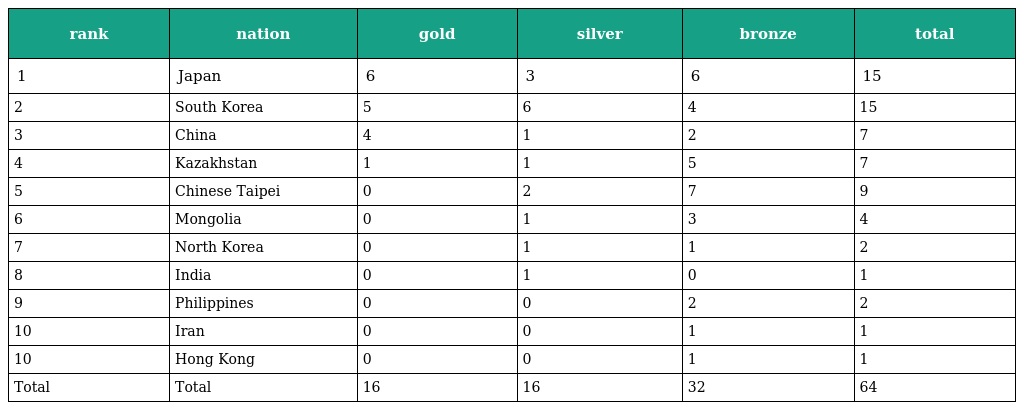
| rank | nation | gold | silver | bronze | total |
 | --- | --- | --- | --- | --- | --- |
 | 1 | Japan | 6 | 3 | 6 | 15 |
 | 2 | South Korea | 5 | 6 | 4 | 15 |
 | 3 | China | 4 | 1 | 2 | 7 |
 | 4 | Kazakhstan | 1 | 1 | 5 | 7 |
 | 5 | Chinese Taipei | 0 | 2 | 7 | 9 |
 | 6 | Mongolia | 0 | 1 | 3 | 4 |
 | 7 | North Korea | 0 | 1 | 1 | 2 |
 | 8 | India | 0 | 1 | 0 | 1 |
 | 9 | Philippines | 0 | 0 | 2 | 2 |
 | 10 | Iran | 0 | 0 | 1 | 1 |
 | 10 | Hong Kong | 0 | 0 | 1 | 1 |
 | Total | Total | 16 | 16 | 32 | 64 |